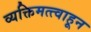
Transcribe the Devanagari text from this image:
व्यक्तिमत्त्वाहून